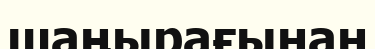
шаңырағынан